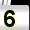
Digit: 5